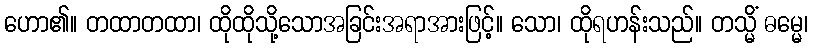
ဟော၏။ တထာတထာ၊ ထိုထိုသို့သောအခြင်းအရာအားဖြင့်။ သော၊ ထိုရဟန်းသည်။ တသ္မိံ ဓမ္မေ၊